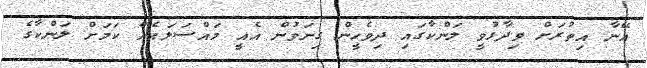
އޭނާ އިތުރަށް ވިދާޅުވީ ލަންކާގައި ދިވެހީން ގިނަވުން އެއީ މައްސަލައެއް ކަމަށް ލަންކާގެ